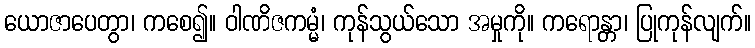
ယောဇာပေတွာ၊ ကစေ၍။ ဝါဏိဇကမ္မံ၊ ကုန်သွယ်သော အမှုကို။ ကရောန္တာ၊ ပြုကုန်လျက်။